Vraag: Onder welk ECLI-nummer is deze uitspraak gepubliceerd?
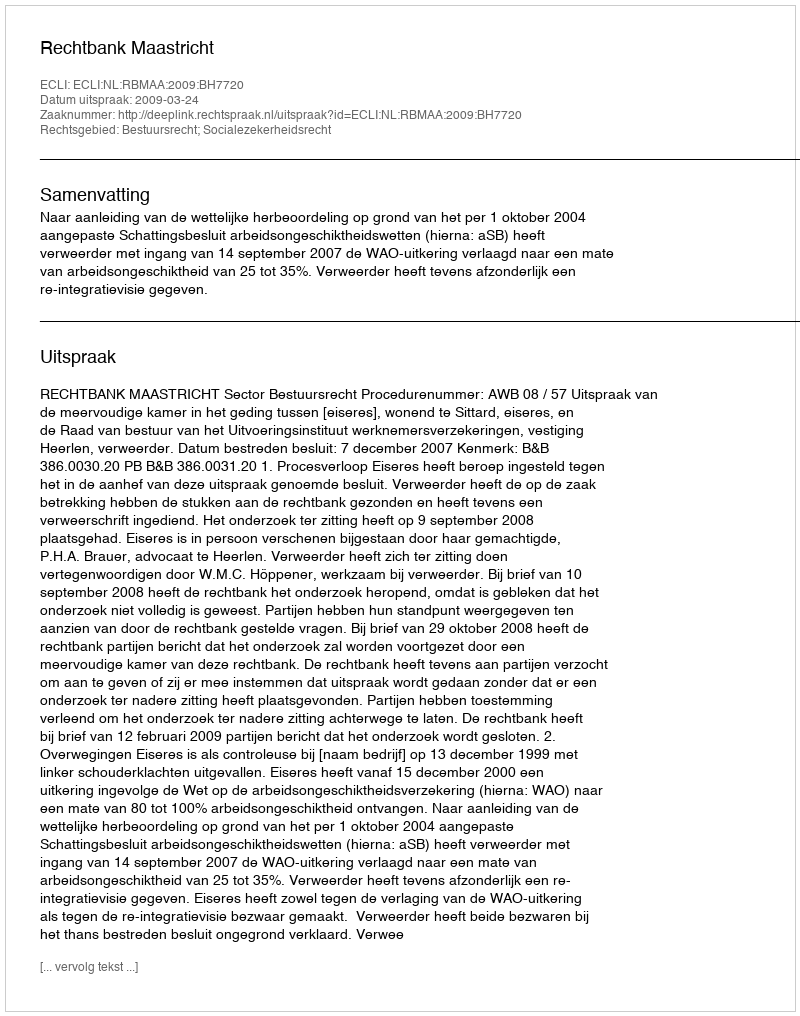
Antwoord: ECLI:NL:RBMAA:2009:BH7720